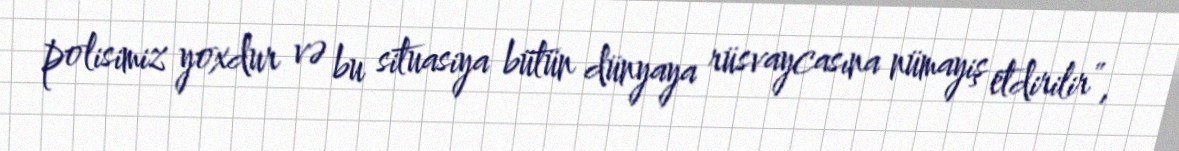
polisimiz yoxdur və bu situasiya bütün dünyaya rüsvaycasına nümayiş etdirilir”,